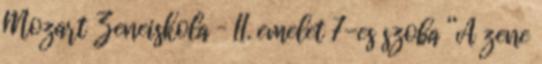
Mozart Zeneiskola – II. emelet 7-es szoba “A zene